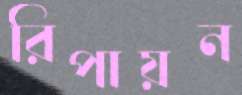
রিপায়ন